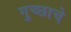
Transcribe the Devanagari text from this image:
गुच्छाचे